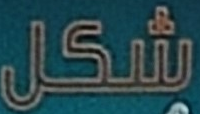
شكل